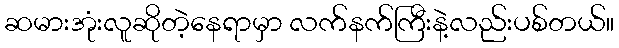
ဆမားအုံးလူဆိုတဲ့နေရာမှာ လက်နက်ကြီးနဲ့လည်းပစ်တယ်။